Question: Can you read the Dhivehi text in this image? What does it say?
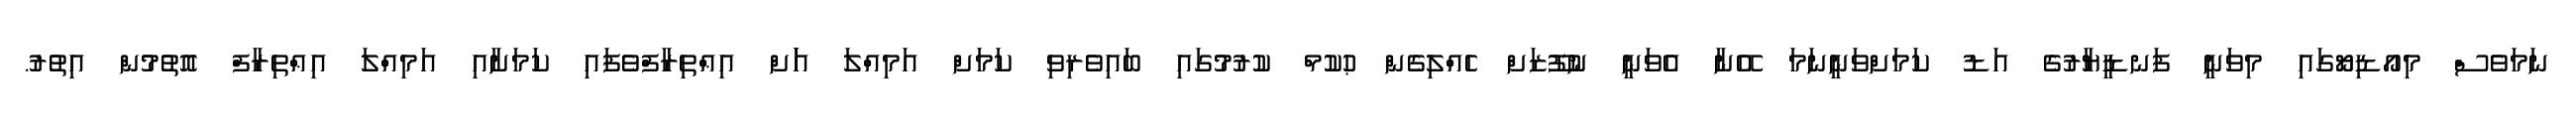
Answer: ނަމަވެސް މިއޯޑިޔޯގައި މިވަނީ ފަނޑީޔާރުގެ އަޑު ކަމަށްވަނީނަމަ އޭނާ އެވަނީ ނުފޫޒަށް ހެއްލިގެން ޙުކުމް ކުރުމުގައި ބައިވެރިވި ކަމަށް އަމިއްލަ އަަށް އިޢްތިރާފްވެފައި ކަމަށާއި އަމިއްލަ އިޢްތިރާފް އޮތުމުން އިތުރު.